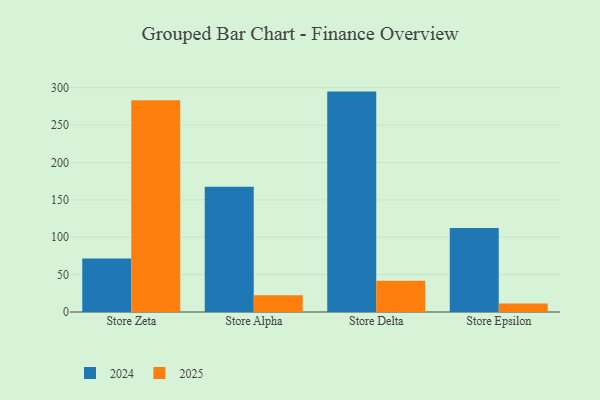
{"axis": {"x": "Store", "y": "Conversion Rate (%)"}, "legend": ["2024", "2025"], "data": [{"x": "Store Zeta", "y": 71.6, "type": "2024"}, {"x": "Store Zeta", "y": 283.1, "type": "2025"}, {"x": "Store Alpha", "y": 167.6, "type": "2024"}, {"x": "Store Alpha", "y": 22.5, "type": "2025"}, {"x": "Store Delta", "y": 294.8, "type": "2024"}, {"x": "Store Delta", "y": 41.9, "type": "2025"}, {"x": "Store Epsilon", "y": 112.5, "type": "2024"}, {"x": "Store Epsilon", "y": 11.4, "type": "2025"}]}